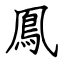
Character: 鳯